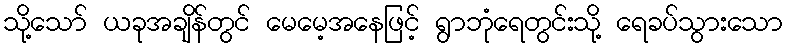
သို့သော် ယခုအချိန်တွင် မေမေ့အနေဖြင့် ရွာဘုံရေတွင်းသို့ ရေခပ်သွားသော